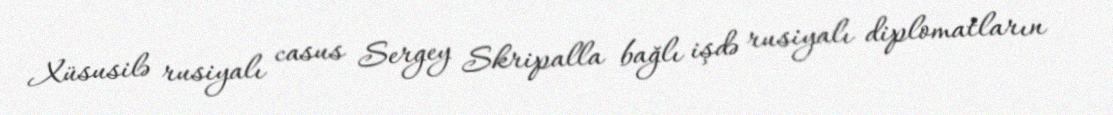
Xüsusilə rusiyalı casus Sergey Skripalla bağlı işdə rusiyalı diplomatların